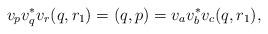
LaTeX: \begin{align*}v_pv_q^*v_r(q, r_1) = (q, p) = v_av_b^*v_c(q, r_1),\end{align*}